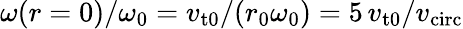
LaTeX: \omega(r=0)/\omega_{0}=v_{\mathrm{t0}}/(r_{0}\omega_{0})=5\, v_{\mathrm{t0}}/v_{\mathrm{circ}}